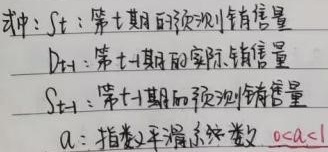
式中：
$S_t$：第$t$期的预测销售量
$D_t$：第$t$期的实际销售量
$S_{t - 1}$：第$t - 1$期的预测销售量
$\alpha$：指数平滑系数，$0<\alpha<1$